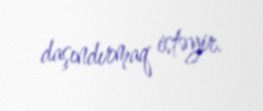
daşındırmaq istəyir.